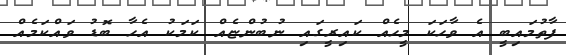
ފާތުމައިބީ އެ ވާހަކަ މީހެއް ކައިރީގައި ނުބުންޏެއް ކަމަކު އެހާ ބޮޑު ވައްކަމެއް